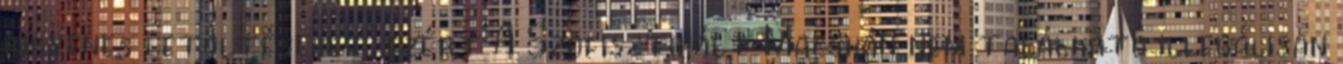
ingyenes letöltéseket, ezért A Szofisztikált Macskán nem található illegálisan